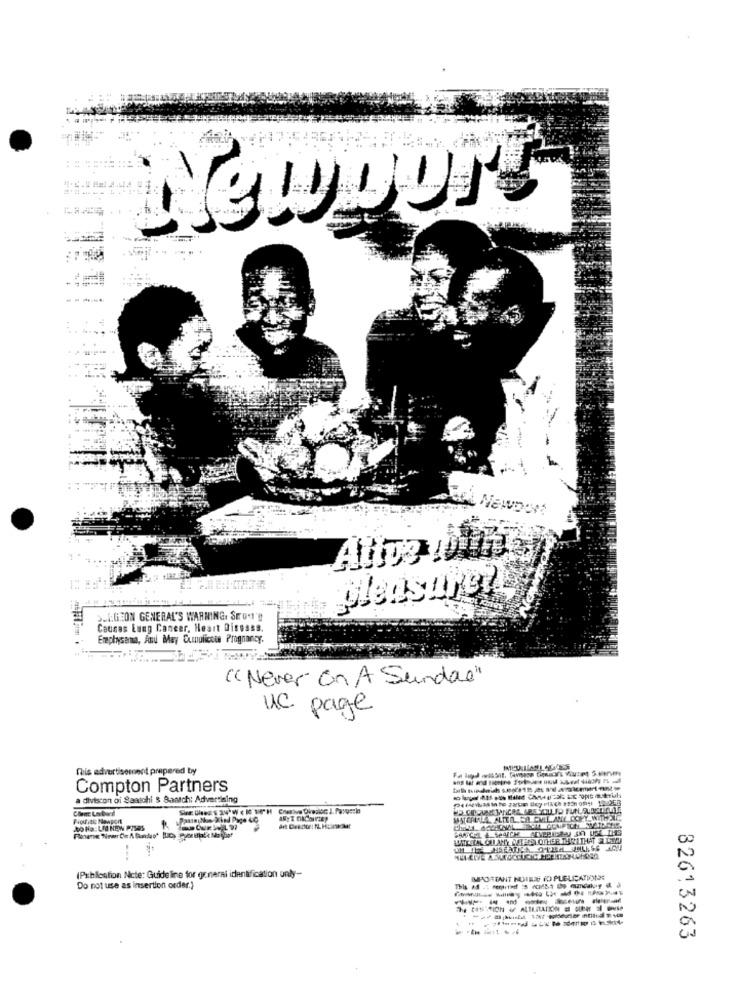
Newport
-----
A NewDont
AUTO OUTS
pleasure?
LIGEON GENERAL'S WARNING. SEUN'!
Causes Lung Cancer, Heart Disosss.
Emphysema, And May Cumnuliccie Prognancy.
"Never On A Sundae"
uc page
fis advertisement prepered by
Compton Partners
a division of Saatchi & Saatchi Advertising
MATERIAL CHLAMY VIENS OTHER THRATHAT S COM!
(Pableation Nete: Guideline for general identification only-
Do not use as insertion order.)
--------
---
82613263